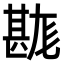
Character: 𤯉